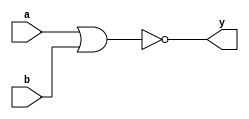
`timescale 1ns/10ps

`define COUNT 0
/* 2-input nor gate with resource counter and time delay
 */

module my_nor(y, a, b);
  output y;
  input a, b;

  reg y;
  reg v;
initial begin
//`define COUNT=`COUNT+1;
end
  always@(a,b)begin
  #2 v=a|b;

  y=~v;
end
  /* at instantiation increment the resources used */
 

  /* add 2ns inherent delay */

endmodule

/* 2-input and gate using my_nor
 */

module my_and(y, a, b);
  output y;
  input a, b;
  wire y;
  my_nor mynor1(y,~a,~b);
endmodule

/* 3-input and gate using my_and
 */

module my_and3(y, a, b, c);
  output y;
  input a, b, c;
  
  wire y;
  wire v;
  my_and myand1(v,a,b);
  my_and myand2(y,v,c);
endmodule

/* 4-input and gate using my_and
 */

module my_and4(y, a, b, c, d);
  output y;
  input a, b, c, d;
  wire y;
  wire v;
  my_and3 and3_1(v,a,b,c);
  my_and myand3(y,v,d);

endmodule

/* 2-input or gate using my_nor
 */

module my_or(y, a, b);
  output y;
  input a, b;
  wire y;
  wire v;
  my_nor mynor2(v,a,b);
  assign y=~v;
endmodule

/* 3-input or gate using my_or
 */

module my_or3(y, a, b, c);
  output y;
  input a, b, c;
  wire y;
  wire v;
  
  my_or myor1(v,a,b);
  my_or myor2(y,v,c);

endmodule

/* 4-input or gate using my_or
 */

module my_or4(y, a, b, c, d);
  output y;
  input a, b, c, d;
  wire y;
  wire v;

  my_or3 or3_1(v,a,b,c);
  my_or myor3(y,v,d);

endmodule

/* 2-input xor gate using my_nor
 */

module my_xor(y, a, b);
  output y;
  input a, b;
  wire y;
  wire v1,v2;
  my_and myand4(v1,a,~b);
  my_and myand5(v2,~a,b);
  my_or myor4(y,v1,v2);
endmodule